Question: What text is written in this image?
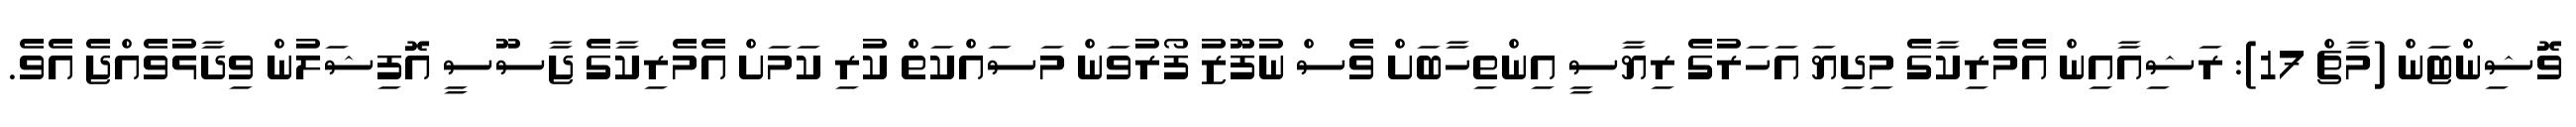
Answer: ވޮޝިންޓަން (މާޗް 17): ރަޝިއާއިން އެމެރިކާގެ މިދިޔަ އަހަރުގެ ރިޔާސީ އިންތިހާބަށް ވެސް ނުފޫޒު ފޯރުވަން މަސައްކަތް ކުރި ކަމަށް އެމެރިކާގެ ޖާސޫސީ އޮފިޝަލުން ވިދާޅުވެއްޖެ އެވެ.